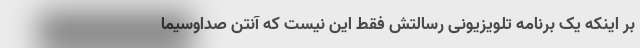
بر اینکه یک برنامه تلویزیونی رسالتش فقط این نیست که آنتن صداوسیما